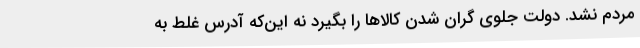
مردم نشد. دولت جلوی گران شدن کالاها را بگیرد نه این‌که آدرس غلط به